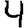
Digit: 4